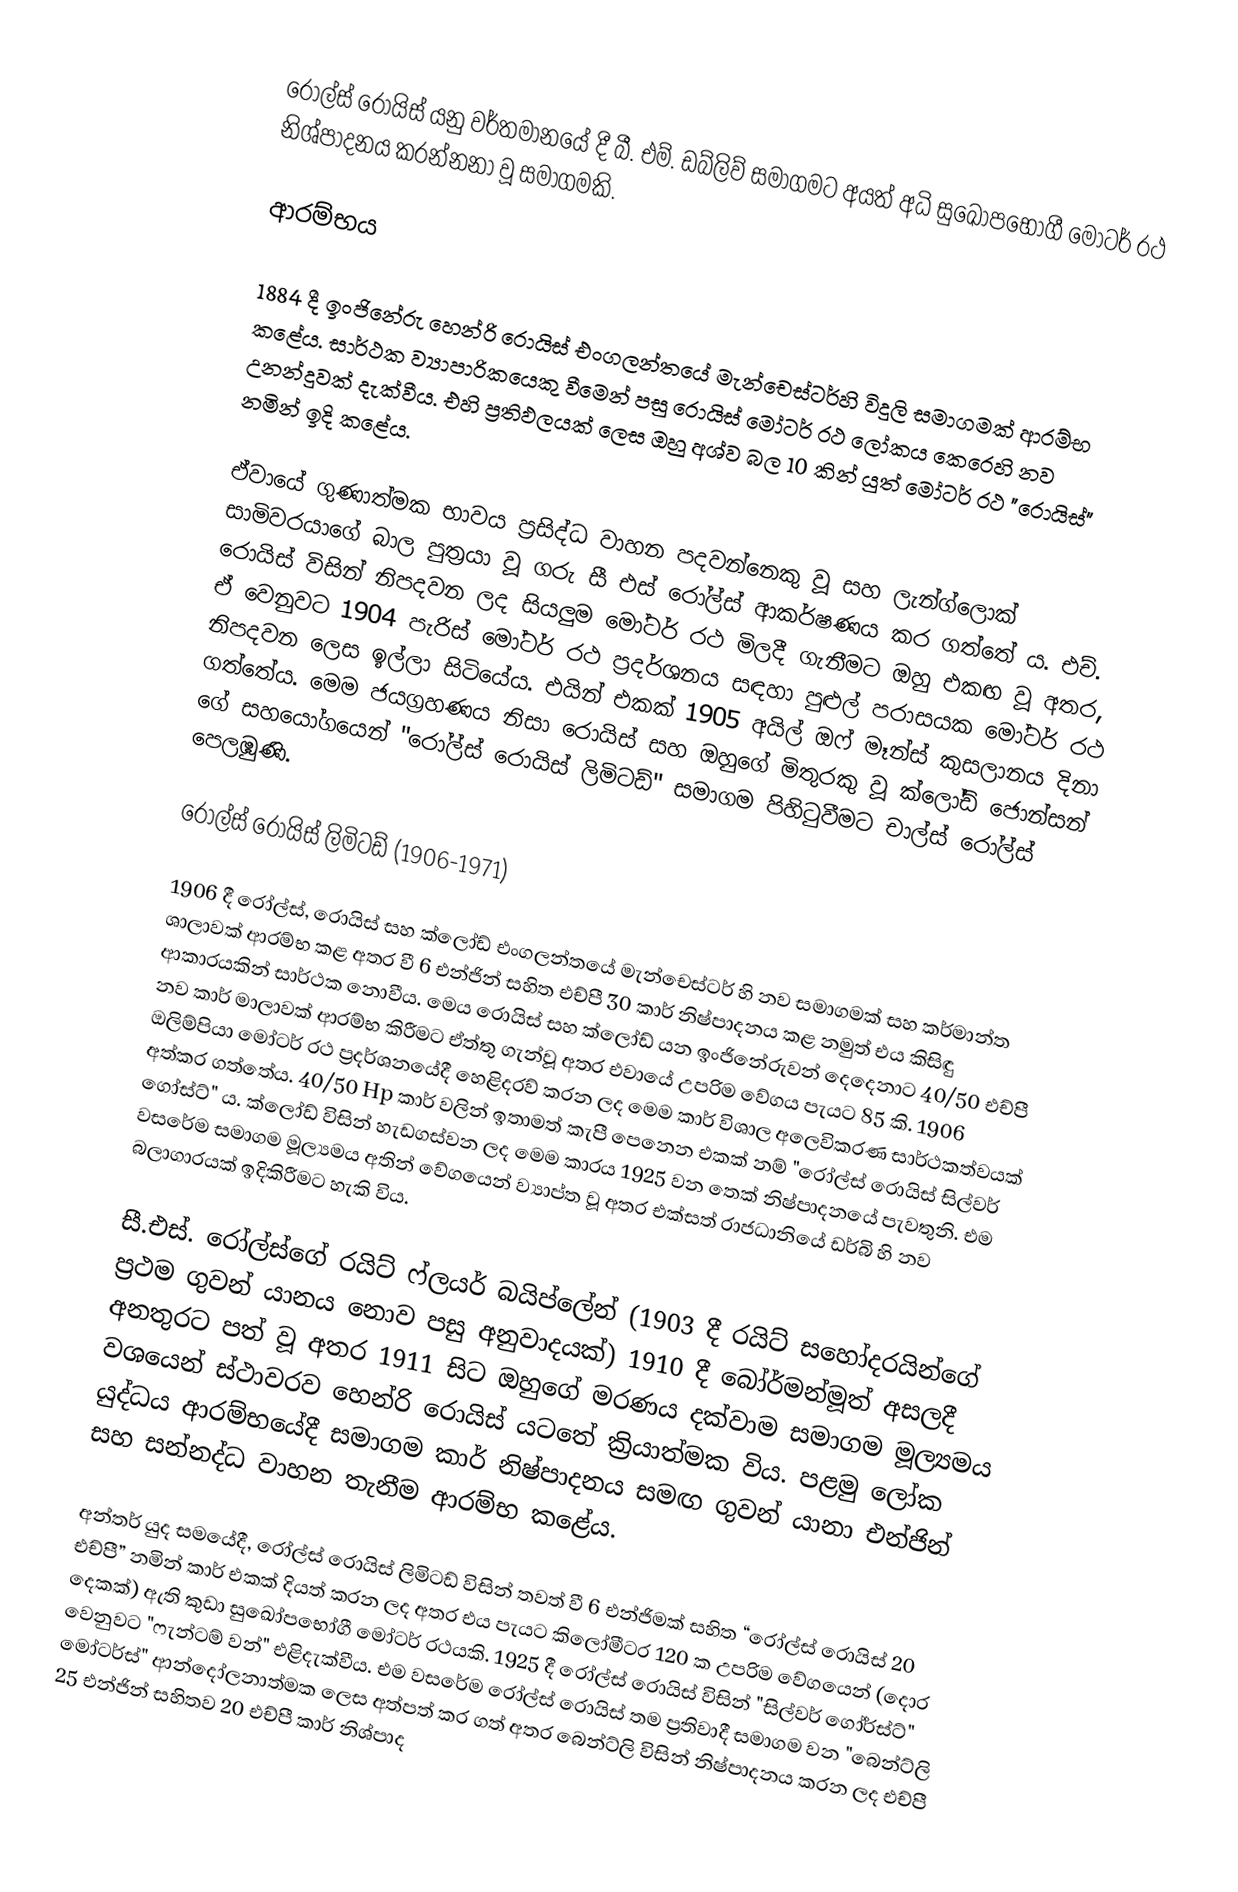
රෝල්ස් රොයිස් යනු වර්තමානයේ දී බී. එම්. ඩබ්ලිව්  සමාගමට අයත් අධි සුඛෝපභෝගී මෝටර් රථ නිශ්පාදනය කරන්නනා වූ සමාගමකි.

ආරම්භය

1884 දී ඉංජිනේරු හෙන්රි රොයිස් එංගලන්තයේ මැන්චෙස්ටර්හි විදුලි සමාගමක් ආරම්භ කළේය. සාර්ථක ව්‍යාපාරිකයෙකු වීමෙන් පසු රොයිස් මෝටර් රථ ලෝකය කෙරෙහි නව උනන්දුවක් දැක්වීය. එහි ප්‍රතිඵලයක් ලෙස ඔහු අශ්ව බල 10 කින් යුත් මෝටර් රථ "රොයිස්" නමින් ඉදි කළේය.

ඒවායේ ගුණාත්මක භාවය ප්‍රසිද්ධ වාහන පදවන්නෙකු වූ සහ ලැන්ග්ලොක් සාමිවරයාගේ බාල පුත්‍රයා වූ ගරු සී එස් රෝල්ස් ආකර්ෂණය කර ගත්තේ ය. එච්. රොයිස් විසින් නිපදවන ලද සියලුම මෝටර් රථ මිලදී ගැනීමට ඔහු එකඟ වූ අතර, ඒ වෙනුවට 1904 පැරිස් මෝටර් රථ ප්‍රදර්ශනය සඳහා පුළුල් පරාසයක මෝටර් රථ නිපදවන ලෙස ඉල්ලා සිටියේය. එයින් එකක් 1905 අයිල් ඔෆ් මෑන්ස් කුසලානය දිනා ගත්තේය. මෙම ජයග්‍රහණය නිසා රොයිස්  සහ ඔහුගේ මිතුරකු වූ ක්ලෝඩ් ජොන්සන් ගේ  සහයෝගයෙන් "රෝල්ස් රොයිස් ලිමිටඩ්" සමාගම පිහිටුවීමට චාල්ස් රෝල්ස්  පෙලඹුණි.

රෝල්ස් රොයිස් ලිමිටඩ් (1906-1971)

1906 දී රෝල්ස්, රොයිස් සහ ක්ලෝඩ් එංගලන්තයේ මැන්චෙස්ටර් හි නව සමාගමක් සහ කර්මාන්ත ශාලාවක් ආරම්භ කළ අතර වී 6 එන්ජින් සහිත එච්පී 30 කාර් නිෂ්පාදනය කළ නමුත් එය කිසිඳු ආකාරයකින් සාර්ථක නොවීය. මෙය රොයිස් සහ ක්ලෝඩ් යන ඉංජිනේරුවන් දෙදෙනාට 40/50 එච්පී නව කාර් මාලාවක් ආරම්භ කිරීමට ඒත්තු ගැන්වූ අතර එවායේ උපරිම වේගය පැයට 85 කි. 1906 ඔලිම්පියා මෝටර් රථ ප්‍රදර්ශනයේදී හෙළිදරව් කරන ලද මෙම කාර් විශාල අලෙවිකරණ සාර්ථකත්වයක් අත්කර ගත්තේය. 40/50 Hp කාර් වලින් ඉතාමත් කැපී පෙනෙන එකක් නම් "රෝල්ස් රොයිස් සිල්වර් ගෝස්ට්" ය. ක්ලෝඩ් විසින් හැඩගස්වන ලද මෙම කාරය 1925 වන තෙක් නිෂ්පාදනයේ පැවතුනි. එම වසරේම සමාගම මූල්‍යමය අතින් වේගයෙන් ව්‍යාප්ත වූ අතර එක්සත් රාජධානියේ ඩර්බි හි නව බලාගාරයක් ඉදිකිරීමට හැකි විය.

සී.එස්. රෝල්ස්ගේ රයිට් ෆ්ලයර් බයිප්ලේන් (1903 දී රයිට් සහෝදරයින්ගේ ප්‍රථම ගුවන් යානය නොව පසු අනුවාදයක්) 1910 දී බෝර්මන්මූත් අසලදී අනතුරට පත් වූ අතර 1911 සිට ඔහුගේ මරණය දක්වාම සමාගම මූල්‍යමය වශයෙන් ස්ථාවරව හෙන්රි රොයිස් යටතේ ක්‍රියාත්මක විය. පළමු ලෝක යුද්ධය ආරම්භයේදී සමාගම කාර් නිෂ්පාදනය සමඟ ගුවන් යානා එන්ජින් සහ සන්නද්ධ වාහන තැනීම ආරම්භ කළේය.

අන්තර් යුද සමයේදී, රෝල්ස් රොයිස් ලිමිටඩ් විසින් තවත් වී 6 එන්ජිමක් සහිත “රෝල්ස් රොයිස් 20 එච්පී” නමින් කාර් එකක් දියත් කරන ලද අතර එය පැයට කිලෝමීටර 120 ක උපරිම වේගයෙන් (දොර දෙකක්) ඇති කුඩා සුඛෝපභෝගී මෝටර් රථයකි. 1925 දී රෝල්ස් රොයිස් විසින් "සිල්වර් ගෝර්ස්ට්" වෙනුවට "ෆැන්ටම් වන්" එළිදැක්වීය. එම වසරේම රෝල්ස් රොයිස් තම ප්‍රතිවාදී සමාගම වන "බෙන්ට්ලි මෝටර්ස්" ආන්දෝලනාත්මක ලෙස අත්පත් කර ගත් අතර බෙන්ට්ලි විසින් නිෂ්පාදනය කරන ලද එච්පී 25 එන්ජින් සහිතව 20 එච්පී කාර් නිශ්පාද